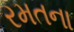
રમતના